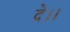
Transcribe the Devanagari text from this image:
दे।।